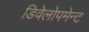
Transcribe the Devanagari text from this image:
डिवेलोपमेन्ट